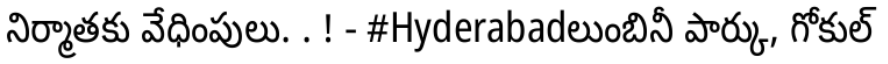
నిర్మాతకు వేధింపులు. . ! - #Hyderabadలుంబినీ పార్కు, గోకుల్